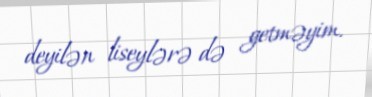
deyilən liseylərə də getməyim.